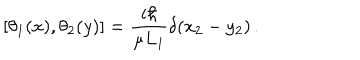
[ \theta _ { 1 } ( x ) , \theta _ { 2 } ( y ) ] = { \frac { i \hbar } { \mu L _ { 1 } } } \delta ( x _ { 2 } - y _ { 2 } ) \, .